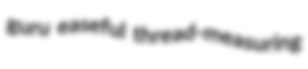
guru easeful thread-measuring